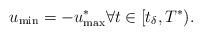
LaTeX: \begin{align*}u_{\min} = - u^*_{\max} \forall t \in [t_\delta, T^*).\end{align*}